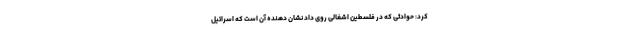
کرد: حوادثی که در فلسطین اشغالی روی داد نشان دهنده آن است که اسرائیل